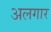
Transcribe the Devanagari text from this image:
अलगार